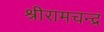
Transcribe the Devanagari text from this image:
श्रीरामचन्द्रं